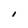
Character: I